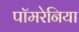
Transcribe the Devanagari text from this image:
पॉमरेनिया